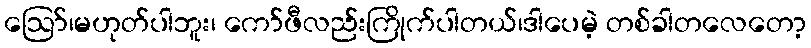
ဪ၊မဟုတ်ပါဘူး၊ ကော်ဖီလည်းကြိုက်ပါတယ်၊ဒါပေမဲ့ တစ်ခါတလေတော့